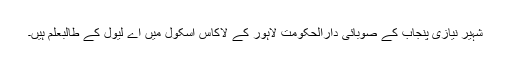
شہیر نیازی پنجاب کے صوبائی دارالحکومت لاہور کے لاکاس اسکول میں اے لیول کے طالبعلم ہیں۔